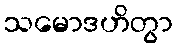
သမောဒဟိတွာ